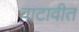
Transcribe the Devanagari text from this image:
वाटावीत